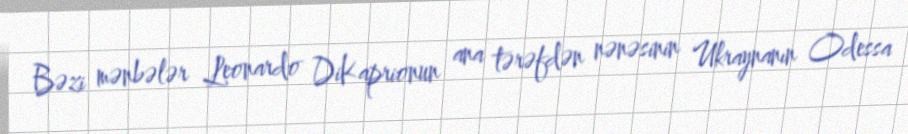
Bəzi mənbələr Leonardo DiKaprionun ana tərəfdən nənəsinin Ukraynanın Odessa